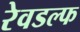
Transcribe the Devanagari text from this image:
रेवडल्फ